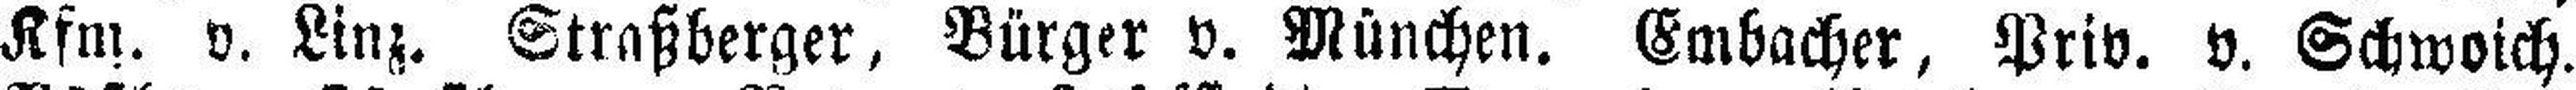
Kfm. v. Linz. Straßberger, Bürger v. München. Embacher, Priv. v. Schwoich.